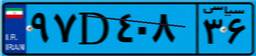
۹۷D۴۰۸۳۶